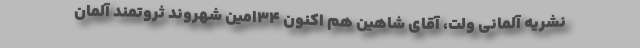
نشریه آلمانی ولت، آقای شاهین هم اکنون ۳۴امین شهروند ثروتمند آلمان